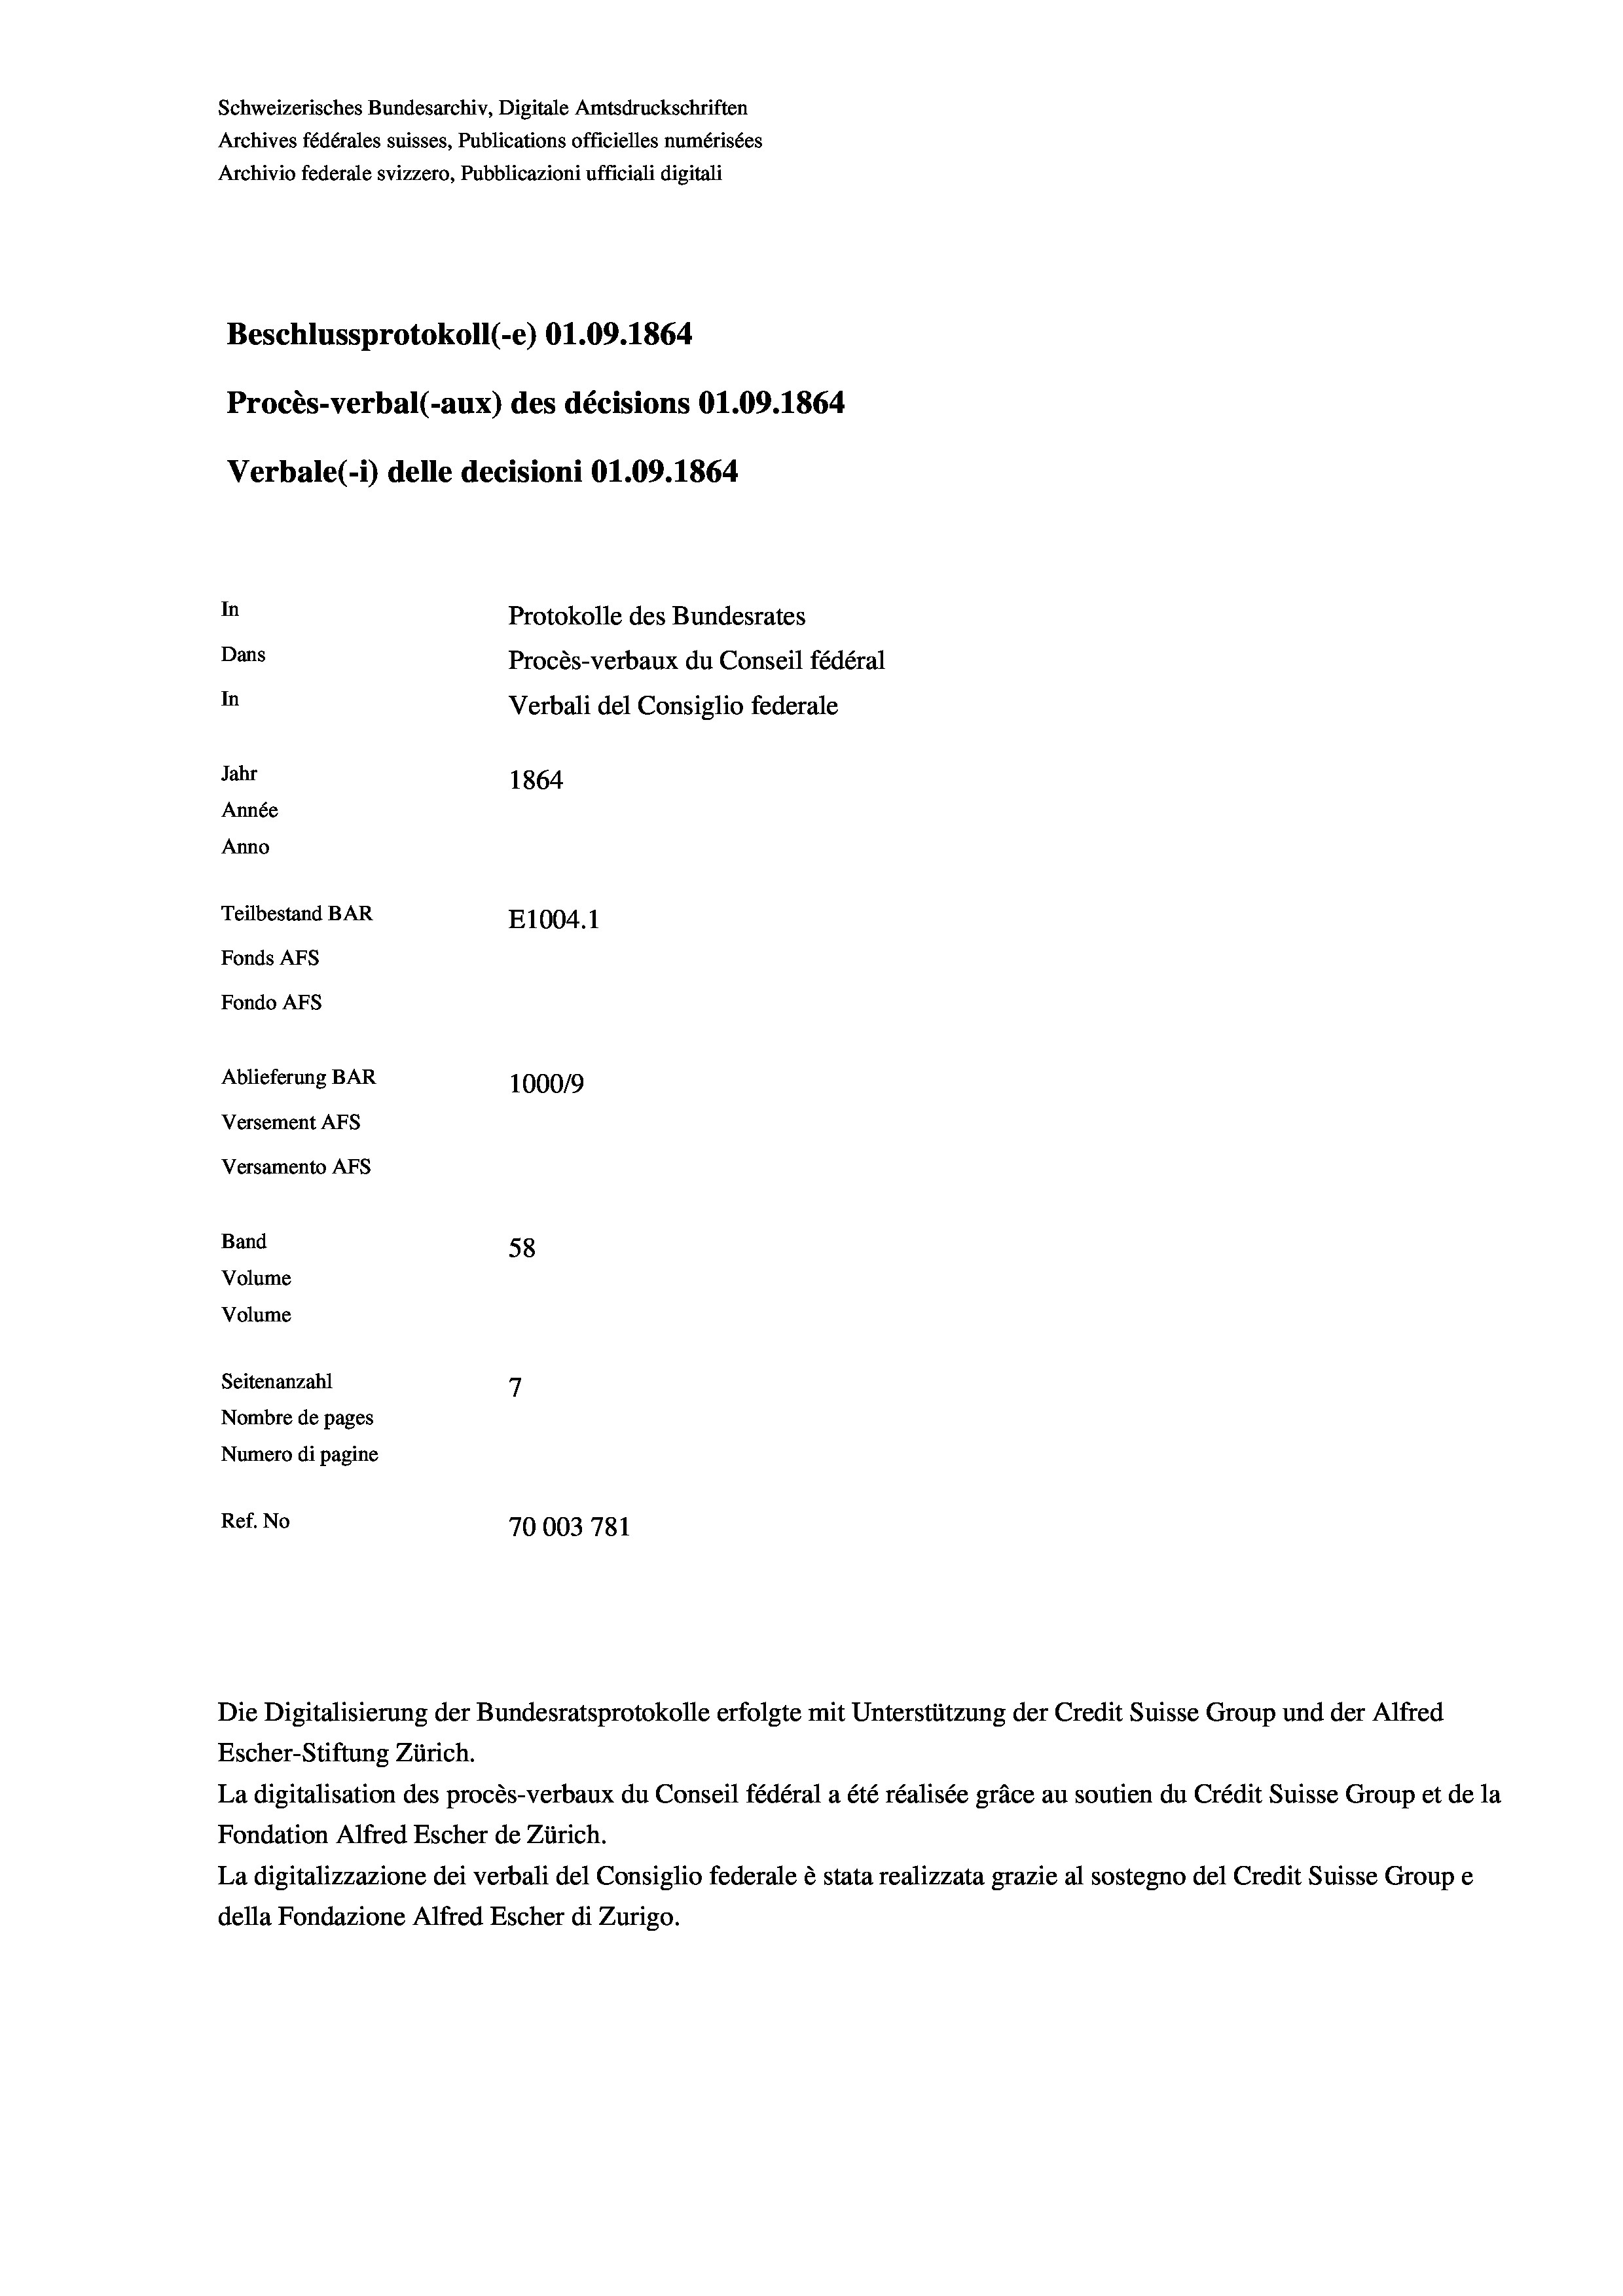
Schweizerisches Bundesarchiv, Digitale Amtsdruckschriften
Archives fédérales suisses, Publications officielles numérisées
Archivio federale svizzero, Pubblicazioni ufficiali digitali
Beschlussprotokoll (-e) 01.09. 1864
Procès-verbal (-aux) des décisions 01.09. 1864
Verbale (-*) delle decisioni 01.09. 1864
In
Protokolle des Bundesrates
Dans
Procès-verbaux du Conseil fédéral
In
Verbali del Consiglio federale
Jahr
1864
Année
Anno
Teilbestand BAR
E1004. 1
Fonds Afs
Fondo AFs
Ablieferung BAR
100019
Versement AFs
Versamento Afs
Band
58
Volume
Volume

7
Seitenanzahl
Nombre de pages
Numero di pagine
Ref. No
70003 781

Escher-Stiftung Zürich.
La digitalisation des procès-verbaux du Conseil fédéral a été réalisée gräce au soutien du Crédit Suisse Group et de la
Fondation Alfred Escher de Zürich.
La digitalizzazione dei verbali del Consiglio federale è stata realizzata grazie al sostegno del Credit Suisse Groupe
della Fondazione Alfred Escher di Zurigo.

Die Digitalisierung der Bundesratsprotokolle erfolgte mit Unterstützung der Credit Suisse Group und der Alfred